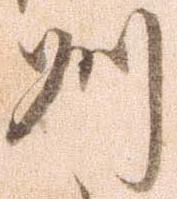
州